Civil Veterinary Department. Madras. Admin. report 1926-33 - 1926-1933
Year: 1926
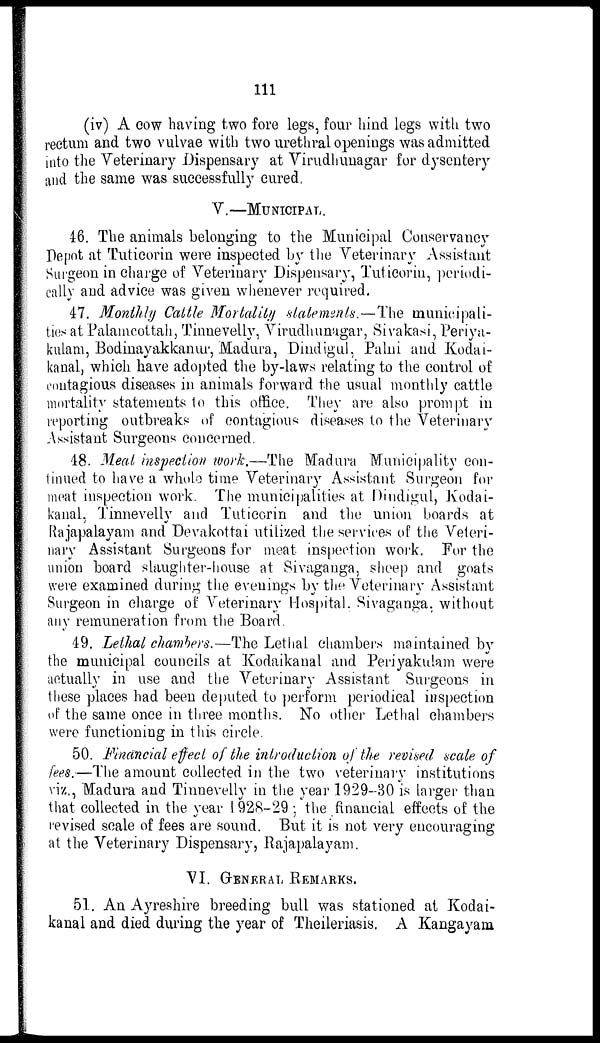
111
(iv) A cow having two fore legs, four hind legs with two
rectum and two vulvae with two urethral openings was admitted
into the Veterinary Dispensary at Virudhunagar for dysentery
and the same was successfully cured.
V.—MUNICIPAL.
46. The animals belonging to the Municipal Conservancy
Depot at Tuticorin were inspected by the Veterinary Assistant
Surgeon in charge of Veterinary Dispensary, Tuticorin, periodi-
cally and advice was given whenever required.
47. Monthly Cattle Mortality statements.—The municipali-
ties at Palamcottah, Tinnevelly, Virudhunagar, Sivakasi, Periya-
kulam, Bodinayakkanur, Madura, Dindigul, Palni and Kodai-
kanal, which have adopted the by-laws relating to the control of
contagious diseases in animals forward the usual monthly cattle
mortality statements to this office. They are also prompt in
reporting outbreaks of contagious diseases to the Veterinary
Assistant Surgeons concerned.
48. Meat inspection work.—The Madura Municipality con-
tinued to have a whole time Veterinary Assistant Surgeon for
meat inspection work. The municipalities at Dindigul, Kodai-
kanal, Tinnevelly and Tuticorin and the union boards at
Rajapalayam and Devakottai utilized the services of the Veteri-
nary Assistant Surgeons for meat inspection work. For the
union board slaughter-house at Sivaganga, sheep and goats
were examined during the evenings by the Veterinary Assistant
Surgeon in charge of Veterinary Hospital. Sivaganga. without
any remuneration from the Board.
49. Lethal chambers.—The Lethal chambers maintained by
the municipal councils at Kodaikanal and Periyakulam were
actually in use and the Veterinary Assistant Surgeons in
these places had been deputed to perform periodical inspection
of the same once in three months. No other Lethal chambers
were functioning in this circle.
50. Financial effect of the introduction of the revised scale of
fees.—The amount collected in the two veterinary institutions
viz., Madura and Tinnevelly in the year 1929-30 is larger than
that collected in the year 1928-29 ; the financial effects of the
revised scale of fees are sound. But it is not very encouraging
at the Veterinary Dispensary, Rajapalayam.
VI. GENERAL REMARKS.
51. An Ayreshire breeding bull was stationed at Kodai-
kanal and died during the year of Theileriasis. A Kangayam